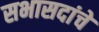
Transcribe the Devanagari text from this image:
सभासदांचें